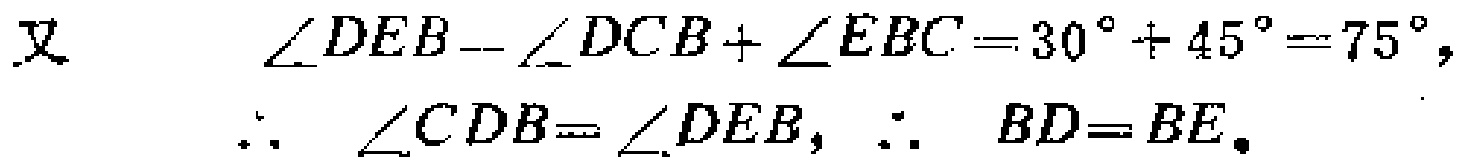
又 \(\angle DEB = \angle DCB+\angle EBC = 30^{\circ}+45^{\circ}=75^{\circ},\)
\(\therefore\) \(\angle CDB=\angle DEB,\) \(\therefore\) \(BD = BE\)。